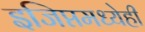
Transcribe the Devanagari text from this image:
इजिप्तमध्येही